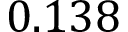
0 . 1 3 8